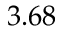
3 . 6 8